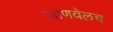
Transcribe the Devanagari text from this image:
जाणवेलच